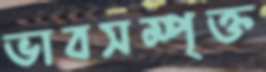
ভাবসম্পৃক্ত